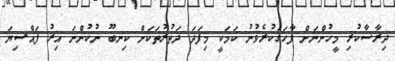
ދިރާސާކުރި މީހުންނަށް ފާހަގަކުރެވުނު ކަމަކީ މިފަދަ ދަތުރުތަކަށް ކިނބޫ ނުކުންނަ އިރު ފައްސިޔަ